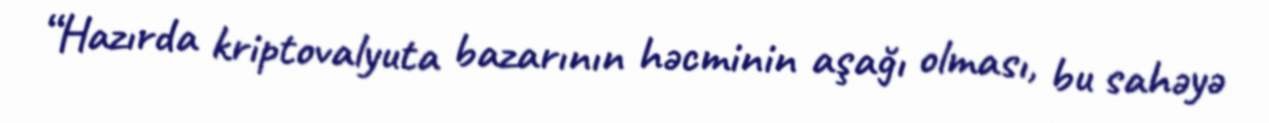
“Hazırda kriptovalyuta bazarının həcminin aşağı olması, bu sahəyə